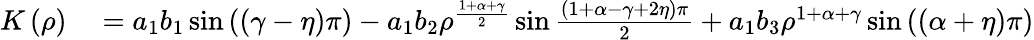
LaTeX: \begin{array}{rl}{K\left(\rho\right)}&{{}=a_{1}b_{1}\sin\left(\left(\gamma-\eta\right)\pi\right)-a_{1}b_{2}\rho^{\frac{1+\alpha+\gamma}{2}}\sin\frac{\left(1+\alpha-\gamma+2\eta\right)\pi}{2}+a_{1}b_{3}\rho^{1+\alpha+\gamma}\sin\left(\left(\alpha+\eta\right)\pi\right)}\end{array}